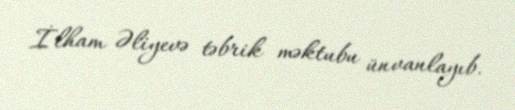
İlham Əliyevə təbrik məktubu ünvanlayıb.